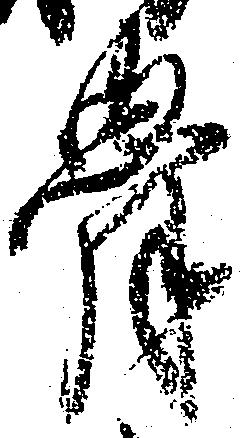
骨